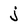
Character: j